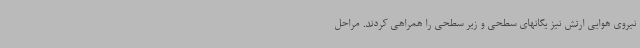
نیروی هوایی ارتش نیز یگانهای سطحی و زیر سطحی را همراهی کردند. مراحل